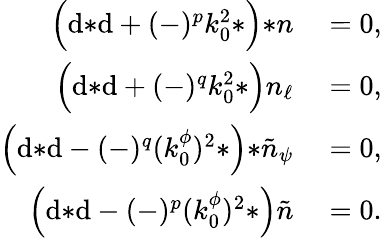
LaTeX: \begin{array}{rl}{\Big(\mathrm{d}{*\mathrm{d}}+(-)^{p}k_{0}^{2}{*}\Big){*n}}&{{}=0,}\\ {\Big(\mathrm{d}{*\mathrm{d}}+(-)^{q}k_{0}^{2}{*}\Big)n_{\ell}}&{{}=0,}\\ {\Big(\mathrm{d}{*\mathrm{d}}-(-)^{q}(k_{0}^{\phi})^{2}{*}\Big){*\tilde{n}_{\psi}}}&{{}=0,}\\ {\Big(\mathrm{d}{*\mathrm{d}}-(-)^{p}(k_{0}^{\phi})^{2}{*}\Big)\tilde{n}}&{{}=0.}\end{array}